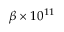
\beta \times 1 0 ^ { 1 1 }